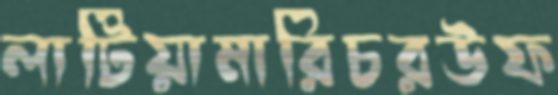
লাটিয়ামারিচরউফ